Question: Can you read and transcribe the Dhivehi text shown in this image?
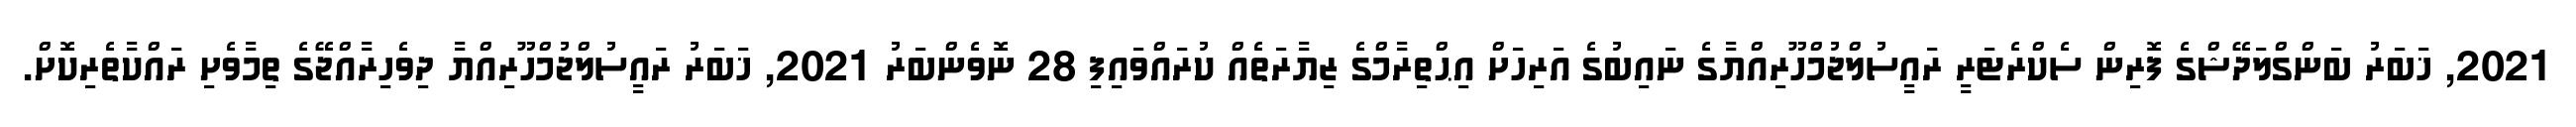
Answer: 2021, ޚަބަރު ބަންގްލަދޭޝްގެ ފޮރިން ސެކްރެޓަރީ ރައީސުލްޖުމްހޫރިއްޔާގެ ނައިބުގެ އަރިހަށް އިޙްތިރާމްގެ ޒިޔާރަތެއް ކުރައްވައިފި 28 ނޮވެންބަރު 2021, ޚަބަރު ރައީސުލްޖުމްހޫރިއްޔާ ދިވެހިރާއްޖޭގެ ތިމާވެށި ރައްކާތެރިކޮށް.